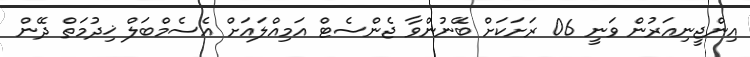
އިންޖީނިއަރުން ވަނީ 06 ރަށަކަށް ބޭނުންވާ ޖެންސެޓް އަމިއްލައަށް އެސެމްބަލް ޚިދުމަތް ދޭން